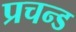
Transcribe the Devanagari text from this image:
प्रचन्ड